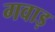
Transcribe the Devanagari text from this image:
गवाड़